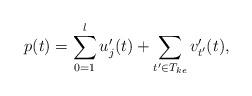
LaTeX: \begin{align*} p(t) = \sum_{0=1}^l u'_j(t) + \sum_{t' \in T_{ke}} v'_{t'}(t),\end{align*}